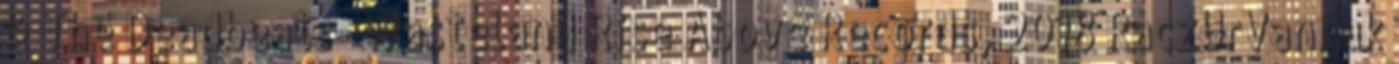
& The Deadbeats- Wasteland Rise Above Records, 2018 RaczUrVannak